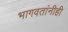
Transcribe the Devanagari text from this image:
भागवतांनीही